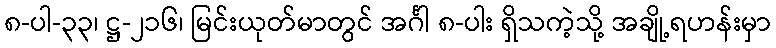
၈-ပါ-၃၃၊ ဋ္ဌ-၂၁၆၊ မြင်းယုတ်မာတွင် အင်္ဂါ ၈-ပါး ရှိသကဲ့သို့ အချို့ရဟန်းမှာ